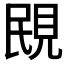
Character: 𧠠